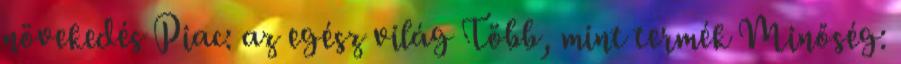
növekedés Piac: az egész világ Több, mint termék Minőség: